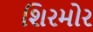
શિરમોર